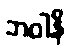
ဘဝါနိ